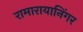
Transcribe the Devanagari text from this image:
रामारायानिंगर